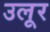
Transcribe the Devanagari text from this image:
उलूर